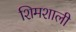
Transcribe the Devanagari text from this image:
शिमशाली